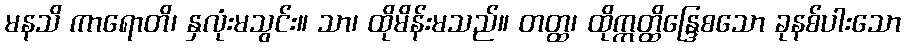
မနသိ ကာရောတိ၊ နှလုံးမသွင်း။ သာ၊ ထိုမိန်းမသည်။ တတ္ထ၊ ထိုဣတ္ထိန္ဒြေစသော ခုနစ်ပါးသော